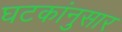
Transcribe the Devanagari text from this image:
घटकांनुसार